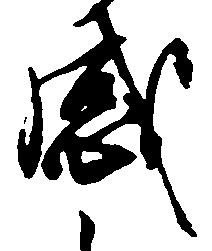
感